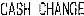
CASH CHANGE